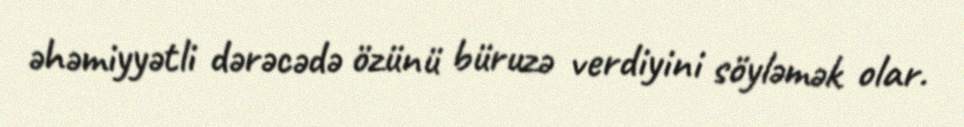
əhəmiyyətli dərəcədə özünü büruzə verdiyini söyləmək olar.